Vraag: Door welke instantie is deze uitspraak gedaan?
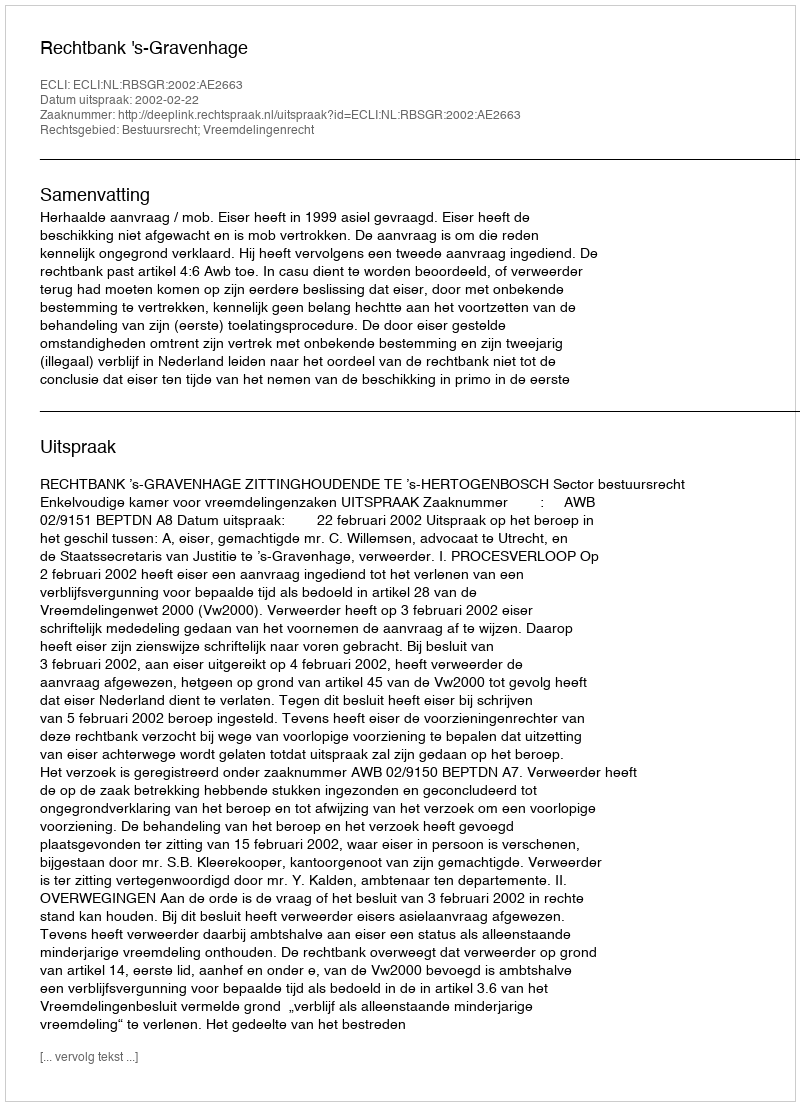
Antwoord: Rechtbank 's-Gravenhage